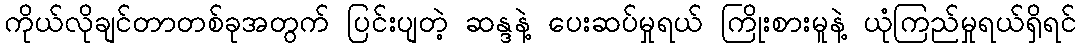
ကိုယ်လိုချင်တာတစ်ခုအတွက် ပြင်းပျတဲ့ ဆန္ဒနဲ့ ပေးဆပ်မှုရယ် ကြိုးစားမူနဲ့ ယုံကြည်မှုရယ်ရှိရင်